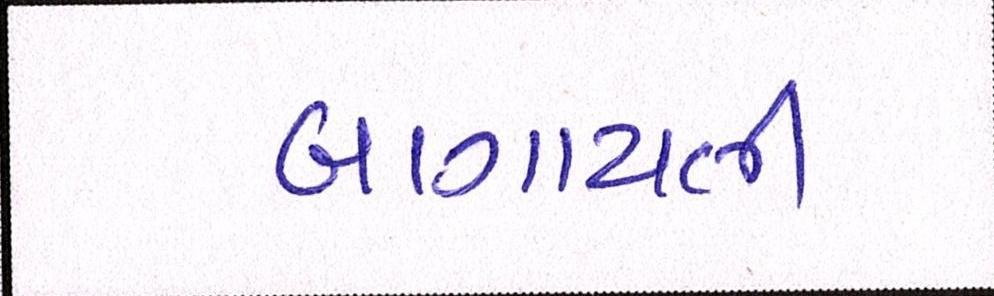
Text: બાગાયતી